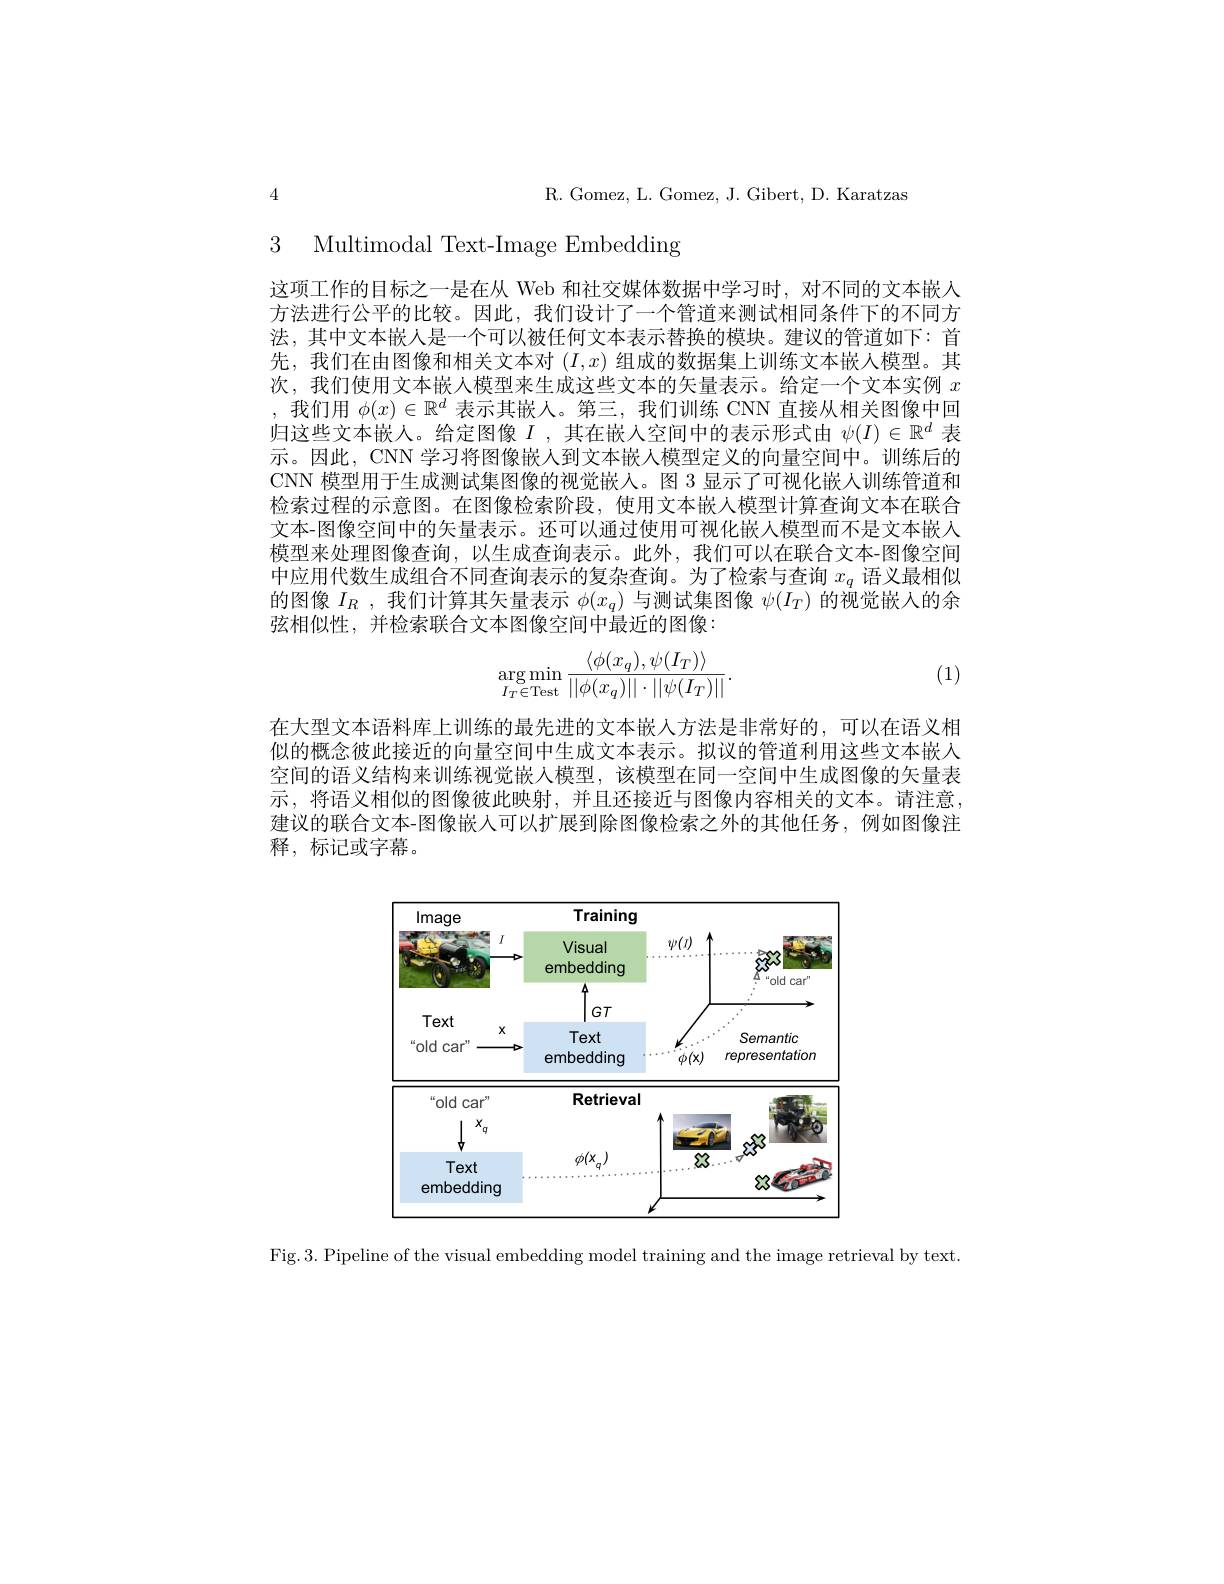
R. Gomez, L. Gomez, J. Gibert, D. Karatzas

4

3 Multimodal Text-Image Embedding

这项工作的目标之一是在从 Web 和社交媒体数据中学习时，对不同的文本嵌入方法进行公平的比较。因此，我们设计了一个管道来测试相同条件下的不同方法，其中文本嵌人是一个可以被任何文本表示替换的模块。建议的管道如下：首先，我们在由图像和相关文本对$(I,x)$组成的数据集上训练文本嵌人模型。其次，我们使用文本嵌人模型来生成这些文本的矢量表示。给定一个文本实例$x$ ,我们用$\phi(x)\in\mathbb{R}^d$表示其嵌人。第三，我们训练 CNN 直接从相关图像中回归这些文本嵌人。给定图像$I$ ,其在嵌入空间中的表示形式由$\psi(I)\in\mathbb{R}^d$表示。因此，CNN学习将图像嵌人到文本嵌入模型定义的向量空间中。训练后的CNN 模型用于生成测试集图像的视觉嵌人。图 3 显示了可视化嵌人训练管道和检索过程的示意图。在图像检索阶段，使用文本嵌入模型计算查询文本在联合文本-图像空间中的矢量表示。还可以通过使用可视化嵌入模型而不是文本嵌人模型来处理图像查询，以生成查询表示。此外，我们可以在联合文本-图像空间中应用代数生成组合不同查询表示的复杂查询。为了检索与查询$x_q$语义最相似的图像$I_R$,我们计算其矢量表示$\phi(x_q)$与测试集图像$\psi(I_T)\bar{\text{ 的视觉嵌入的余}}$ 弦相似性，并检索联合文本图像空间中最近的图像：
$$\arg\min_{I_T\in\text{Test}}\frac{\langle\phi(x_q),\psi(I_T)\rangle}{||\phi(x_q)||\cdot||\psi(I_T)||}.$$
(1)

在大型文本语料库上训练的最先进的文本嵌人方法是非常好的，可以在语义相似的概念彼此接近的向量空间中生成文本表示。拟议的管道利用这些文本嵌入空间的语义结构来训练视觉嵌入模型，该模型在同一空间中生成图像的矢量表示，将语义相似的图像彼此映射，并且还接近与图像内容相关的文本。请注意建议的联合文本-图像嵌入可以扩展到除图像检索之外的其他任务，例如图像注释，标记或字幕。

<FigureHere>

Fig.3. Pipeline of the visual embedding model training and the image retrieval by text.